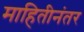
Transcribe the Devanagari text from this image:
माहितीनंतर